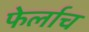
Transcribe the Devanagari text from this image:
फेर्लाच